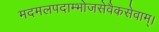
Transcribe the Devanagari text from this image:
मदमलपदाम्भोजसेवैकसेवाम्।